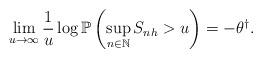
LaTeX: \begin{align*}\lim_{u\rightarrow\infty}\frac{1}{u}\log\mathbb{P}\left(\sup_{n\in\mathbb{N}}S_{nh}>u\right)=-\theta^{\dagger}.\end{align*}